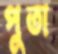
পুতা